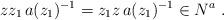
LaTeX: \begin{align*} zz_1\, a(z_1)^{-1}=z_1z\, a(z_1)^{-1}\in N^a\ .\end{align*}